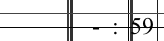
- : 59